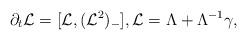
LaTeX: \begin{align*}\partial_t \mathcal{L}=[\mathcal{L},(\mathcal{L}^2)_-],\mathcal{L}=\Lambda+\Lambda^{-1}\gamma,\end{align*}